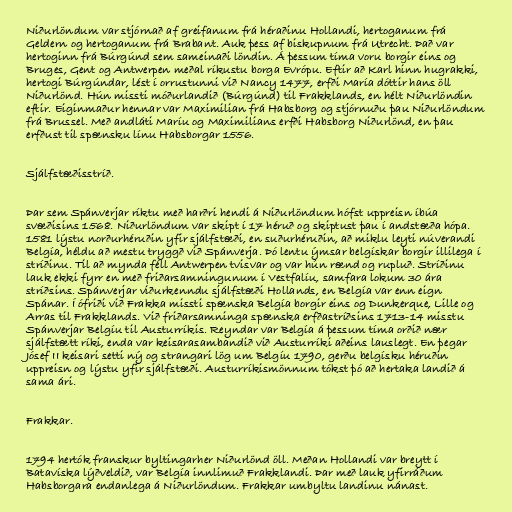
Niðurlöndum var stjórnað af greifanum frá héraðinu Hollandi, hertoganum frá
Geldern og hertoganum frá Brabant. Auk þess af biskupnum frá Utrecht. Það var
hertoginn frá Búrgúnd sem sameinaði löndin. Á þessum tíma voru borgir eins og
Bruges, Gent og Antwerpen meðal ríkustu borga Evrópu. Eftir að Karl hinn hugrakki,
hertogi Búrgúndar, lést í orrustunni við Nancy 1477, erfði María dóttir hans öll
Niðurlönd. Hún missti móðurlandið (Búrgúnd) til Frakklands, en hélt Niðurlöndin
eftir. Eiginmaður hennar var Maximilian frá Habsborg og stjórnuðu þau Niðurlöndum
frá Brussel. Með andláti Maríu og Maximilians erfði Habsborg Niðurlönd, en þau
erfðust til spænsku línu Habsborgar 1556.

Sjálfstæðisstríð.

Þar sem Spánverjar ríktu með harðri hendi á Niðurlöndum hófst uppreisn íbúa
svæðisins 1568. Niðurlöndum var skipt í 17 héruð og skiptust þau í andstæða hópa.
1581 lýstu norðurhéruðin yfir sjálfstæði, en suðurhéruðin, að miklu leyti núverandi
Belgía, héldu að mestu tryggð við Spánverja. Þó lentu ýmsar belgískar borgir illilega í
stríðinu. Til að mynda féll Antwerpen tvisvar og var hún rænd og rupluð. Stríðinu
lauk ekki fyrr en með friðarsamningunum í Vestfalíu, samfara lokum 30 ára
stríðsins. Spánverjar viðurkenndu sjálfstæði Hollands, en Belgía var enn eign
Spánar. Í ófriði við Frakka missti spænska Belgía borgir eins og Dunkerque, Lille og
Arras til Frakklands. Við friðarsamninga spænska erfðastríðsins 1713-14 misstu
Spánverjar Belgíu til Austurríkis. Reyndar var Belgía á þessum tíma orðið nær
sjálfstætt ríki, enda var keisarasambandið við Austurríki aðeins lauslegt. En þegar
Jósef II keisari setti ný og strangari lög um Belgíu 1790, gerðu belgísku héruðin
uppreisn og lýstu yfir sjálfstæði. Austurríkismönnum tókst þó að hertaka landið á
sama ári.

Frakkar.

1794 hertók franskur byltingarher Niðurlönd öll. Meðan Hollandi var breytt í
Batavíska lýðveldið, var Belgía innlimuð Frakklandi. Þar með lauk yfirráðum
Habsborgara endanlega á Niðurlöndum. Frakkar umbyltu landinu nánast.